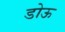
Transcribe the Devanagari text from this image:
डोऊ